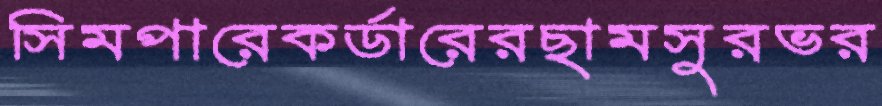
সিমপারেকর্ডারেরছামসুরভর